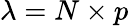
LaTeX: \lambda=N\times p